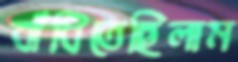
বাঁধিতেছিলাম